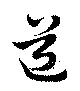
道